Vaccination United Provinces of Agra and Oudh 1914-1922 - 1914-1922
Year: 1914
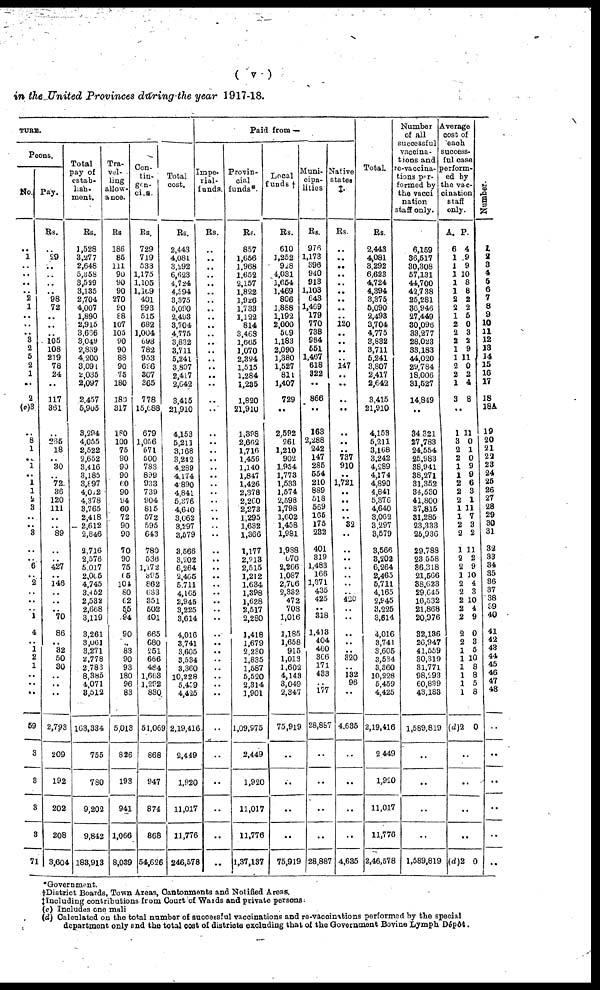
( v )
in the United Provinces during the year 1917-18.
TURE.
Peons.
No.
..
1
..
..
..
..
2
1
..
..
..
3
2
5
2
1
..
2
(c)3
..
8
1
..
1
..
1
1
2
3
..
..
3
..
..
5
..
2
.. ..
..
1
4
..
1
2
1
..
..
..
59
3
3
3
3
71
Pay.
Rs.
..
29
..
..
.. ..
98
72
..
..
..
105
108
219
78
24
..
117
361
..
265
18
..
30
.. 72
36
120
111
..
..
89
..
..
427
..
146
..
..
..
70
86
.. 32
50
30
..
..
..
2,793
209
192
202
208
3,604
Total
pay of
estab-
lish¬
ment.
Rs.
1,528
3,277
2,648
5,358
3,529
3,135
2,704
4,007
1,890
2,915
3,666
3,049
2,839
4,200
3,091
2,035
2,097
2,457
5,905
3,294
4,055
2,522
2,652
3,416
3,185
3,897
4,012
4,378
3,765
2,418
2,612
2,846
2,716
2,576
5,017
2,005
4,745
3,452
2,532
2,668
3,119
3,261
3,061
3,271
2,778
2,783
8,385
4,071
3,512
163,334
755
780
9,202
9,842
183,913
Tra-
vel-
ling
allow-
ance.
Rs.
186
85
111
90
90
90
270
90
88
107
105
90
90
88
90
75
180
180
317
180
100
75
90
90
90
60
90
94
60
72
90
90
70
90
75
5
104
80
62
55
94
90
..
83
90
93
180
96
83
5,013
826
193
941
1,066
8,039
Con¬
tin¬
gen¬
cies.
Rs.
729
719
533
1,175
1,105
1,109
401
993
515
682
1,004
693
782
953
626
307
365
778
15,688
679
1,056
571
500
783
899
933
739
904
815
572
595
643
780
536
1,172
395
862
633
351
502
401
665
680
251
666
484
1,663
1,292
830
51,069
868
947
874
868
54,626
Total
cost.
Rs.
2,443
4,081
3,292
6,623
4,724
4,394
3,375
5,090
2,493
3,704
4,775
3,832
3,711
5,241
3,807
2,417
2,642
3,415
21,910
4,153
5,211
3,168
3,242
4,289
4,174
4,890
4,841
5,376
4,640
3,062
3,297
3,579
3 566
3,202
6,264
2,465
5.711
4,165
2,945
3,225
3,614
4,016
3,741
3,605
3,534
3,360
10,228
5,459
4,425
2,19,416
2,449
1,920
11,017
11,776
246,578
Paid from —
Impe¬
rial¬
funds.
Rs.
..
..
..
..
.. ..
..
..
..
..
..
..
..
..
..
..
..
..
..
..
..
.. ..
..
..
..
..
..
..
..
..
..
..
..
..
..
..
..
..
..
..
..
..
..
.. ..
..
..
..
..
..
..
..
..
Provin-
cial
funds*.
Rs.
857
1,656
1,968
1,652
2,157
1,822
1,926
1,733
1,122
814
3,468
1,665
1,070
2,394
1,515
1,284
1,235
1,820
21,910
1,398
2,652
1,716
1,456
1,140
1,847
1,426
2,378
2,260
2,273
1,295
1,632
1,366
1,177
2,213
2,515
1,212
1,634
1,398
1,628
2,517
2,280
1,418
1,679
2,230
1,835
1,587
5,520
2,314
1,901
1,09,975
2,449
1,920
11,017
11,776
1,37,137
Local
funds †
Rs.
610
1,252
928
4,031
1,654
1,469
806
1,888
1,192
2,000
509
1,183
2,090
1,380
1,527
811
1,407
729
..
2,592
261
1,210
902
1,954
1,773
1,533
1,574
2,598
1,798
1,602
1,458
1,981
1,988
670
2,266
1,087
2,706
2,382
472
708
1,016
1,185
1,658
915
1,013
1,602
4,143
3,049
2,347
75,919
..
..
..
..
75,919
Muni¬
cipa¬
lities
Rs.
976
1,173
396
940
913
1,103
643
1,469
179
770
738
984
551
1,467
618
322
..
866
..
163
2,288
242
147
285
554
210
889
518
569
165
175
232
401
319
1,483
166
1,371
435
425
..
318
1,413
404
460
366
171
433
..
177
28,887
..
..
..
..
28,887
Ntive
states
‡.
Rs.
..
..
..
..
..
..
..
..
..
120
..
..
..
..
147
..
..
..
..
..
..
.. 737
910
..
1,721
..
..
..
..
32
..
..
..
..
..
.. .
420
..
..
..
..
..
320
.. 132
96
..
4,635
..
..
..
..
4,635
Total.
Rs.
2,443
4,081
3,292
6,623
4,724
4,394
3,375,
5,090
2,498
3,704
4,775
3,832
3,711
5,241
3,807
2,417
2,642
3,415
21,910
4,153
5,211
3,168
3,242
4,289
4,174
4,890
4,841
5,376
4,640
3,062
3,297
3,579
3,566
3,202
6,264
2,463
5,711
4,165
2,945
3,225
3,614
4,016
3,741
3,605
3,534
3,360
10,228
5,459
4,425
2,19,416
2,449
1,920
11,017
11,776
2,46,578
Number
of all
successful
vaccina¬
tions and
re-vaccina¬
tions per-
formed by
the vacci¬
nation
staff only.
6,159
36,517
30,308
57,131
44,700
42,738
25,281
36,946
27,449
30,096
33,277
28,023
33,183
44,020
29,784
18,006
31,527
14,849
..
34,321
27,783
24,554
25,983
38,941
38,271
31,352
34,530
41,800
37,815
31,285
23,333
25,936
29,788
23,558
36,318
21,566
38,623
29,645
16,532
21,868
20,976
32,136
26,947
41,559
30,319
31,771
98,293
60,839
43,183
1,589,819
..
..
..
..
1,589,819
Average
cost of
each
success-
ful case
perform¬
ed by
the vac-
cination
staff
only.
A.
6
1
1
1
1
1
2
2
1
2
2
2
1
1
2
2
1
3
P.
9
9
10
8
8
2
2
5
0
3
2
9
11
0
2
4
8
..
1
3
2
2
1
1
2
2
2
1
1
2
2
1
2
2
1
2
2
2
2
2
2
2
1
1
1
1
1
1
(d)2
11
0
1
0
9
9
6
3
1
11
7
3
2
11
2
9
10
4
3
10
4
9
0
3
5
10
8
8
5
8
0
..
..
..
..
(d)2 0
Number.
1
2 3
4
5
6
7
8
9
10
11
12
13
14
15
16
17
18
18A
19
20
21
22
23
24
25
26
27
28
29
30
31
32
33
34
35
36
37
38
39
40
41
42
43
44
45
46
47
48
..
..
..
..
..
..
*Government.
†District Boards, Town Areas, Cantonments and Notified Areas.
‡ Including contributions from Court of Wards and private persons.
(c) Includes one mali
(d) Calculated on the total number of successful vaccinations and re-vaccinations performed by the special
department only and the total cost of districts excluding that of the Government Bovine Lymph Dépôt.